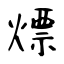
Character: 熛